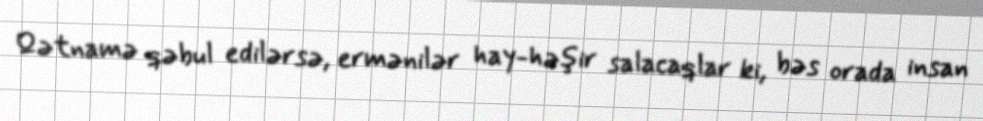
Qətnamə qəbul edilərsə, ermənilər hay-həşir salacaqlar ki, bəs orada insan